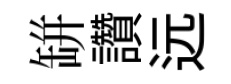
缾讚远